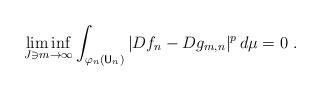
LaTeX: \begin{align*}\liminf_{J\ni m\to\infty}\int_{\varphi_n(\mathsf{U}_n)}|Df_n-Dg_{m,n}|^p \,d\mu=0 \ .\end{align*}